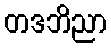
တဒဘိညာ